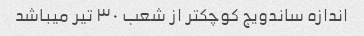
اندازه ساندویج کوچکتر از شعب ۳۰ تیر میباشد